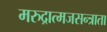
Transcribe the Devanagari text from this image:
मरुद्रात्मजसन्त्राता